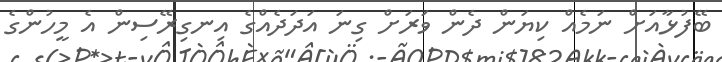
ބޭފުޅާއަށް ނަމެއް ކިޔަން ދެން ވަރަށް ގިނަ އަދަދެއްގެ އިނގިރޭސިން އެ މީހުންގެ